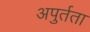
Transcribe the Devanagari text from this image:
अपुर्तता